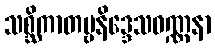
သစ္ဆိကာတဗ္ဗနိဒ္ဒေသဝဏ္ဏနာ